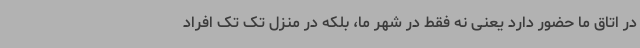
در اتاق ما حضور دارد یعنی نه فقط در شهر ما، بلکه در منزل تک تک افراد